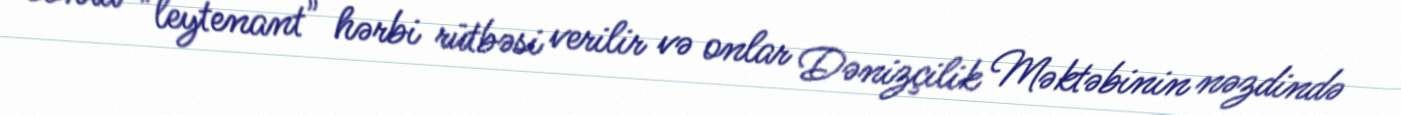
sonra "leytenant" hərbi rütbəsi verilir və onlar Dənizçilik Məktəbinin nəzdində